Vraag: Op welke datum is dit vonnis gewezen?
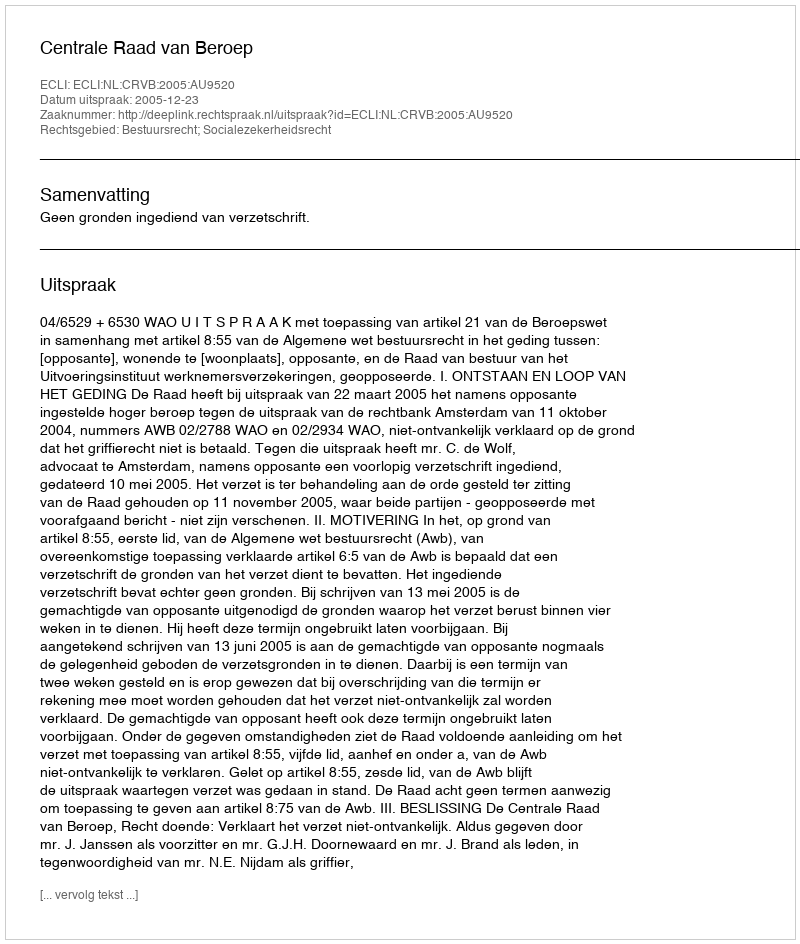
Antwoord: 2005-12-23